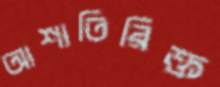
আশাতিরিক্ত